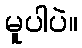
မူပါပဲ။